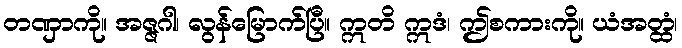
တဏှာကို။ အဇ္ဇဂါ၊ လွန်မြောက်ပြီ။ ဣတိ ဣဒံ၊ ဤစကားကို။ ယံအတ္ထံ၊